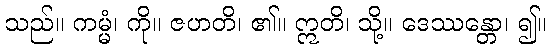
သည်။ ကမ္မံ၊ ကို။ ဇဟတိ၊ ၏။ ဣတိ၊ သို့။ ဒေဿန္တော၊ ၍။